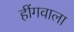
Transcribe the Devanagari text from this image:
हींगवाला